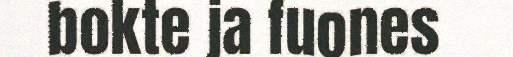
bokte ja fuones